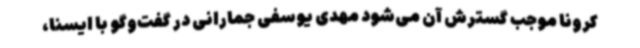
کرونا موجب گسترش آن می‌شود مهدی یوسفی جمارانی در گفت‌وگو با ایسنا،